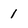
Character: 1